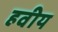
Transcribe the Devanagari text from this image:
हवीय